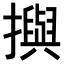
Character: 𢷣